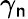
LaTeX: \gamma_{\mathsf{n}}